Medical and sanitary report of the native army of Bengal for the year
Year: 1876
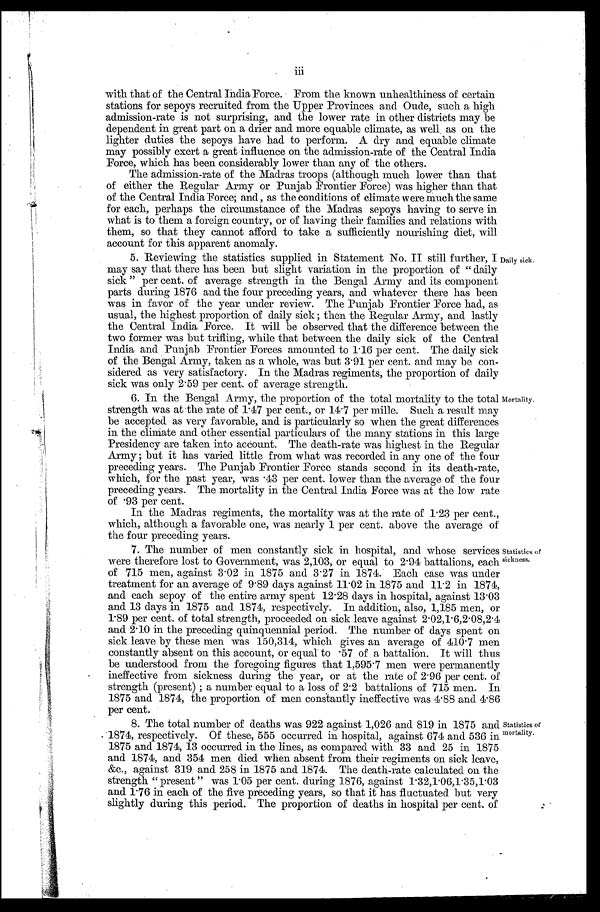
iii
with that of the Central India Force. From the known unhealthiness of certain
stations for sepoys recruited from the Upper Provinces and Oude, such a high
admission-rate is not surprising, and the lower rate in other districts may be
dependent in great part on a drier and more equable climate, as well, as on the
lighter duties the sepoys have had to perform. A dry and equable climate
may possibly exert a great influence on the admission-rate of the Central India
Force, which has been considerably lower than any of the others.
The admission-rate of the Madras troops (although much lower than that
of either the Regular Army or Punjab Frontier Force) was higher than that
of the Central India Force; and, as the conditions of climate were much the same
for each, perhaps the circumstance of the Madras sepoys having to serve in
what is to them a foreign country, or of having their families and relations with
them, so that they cannot afford to take a sufficiently nourishing diet, will
account for this apparent anomaly.
5. Reviewing the statistics supplied in Statement No. II still further, I
may say that there has been but slight variation in the proportion of "daily
sick" per cent. of average strength in the Bengal Army and its component
parts during 1876 and the four preceding years, and whatever there has been
was in favor of the year under review. The Punjab Frontier Force had, as
usual, the highest proportion of daily sick; then the Regular Army, and lastly
the Central India Force. It will be observed that the difference between the
two former was but trifling, while that between the daily sick of the Central
India and Punjab Frontier Forces amounted to 1.16 per cent. The daily sick
of the Bengal Army, taken as a whole, was but 3.91 per cent. and may be con-
sidered as very satisfactory. In the Madras regiments, the proportion of daily
sick was only 2.59 per cent. of average strength.
6. In the Bengal Army, the proportion of the total mortality to the total
strength was at the rate of 1.47 per cent., or 14.7 per mile. Such a result may
be accepted as very favorable, and is particularly so when the great differences
in the climate and other essential particulars of the many stations in this large
Presidency are taken into account. The death-rate was highest in the Regular
Army; but it has varied little from what was recorded in any one of the four
preceding years. The Punjab Frontier Force stands second in its death-rate,
which, for the past year, was 43 per cent. lower than the average of the four
preceding years. The mortality in the Central India Force was at the low rate
of .93 per cent.
In the Madras regiments, the mortality was at the rate of 1.23 per cent.,
which, although a favorable one, was nearly 1 per cent. above the average of
the four preceding years.
7. The number of men constantly sick in hospital, and whose services
were therefore lost to Government, was 2,103, or equal to 2.94 battalions, each
of 715 men, against 3.02 in 1875 and 3.27 in 1874. Each case was uncles
treatment for an average of 9.89 days against 11.02 in 1875 and 11.2 in 1874,
and each sepoy of the entire army spent 12.28 days in hospital, against 13.03
and 13 days in 1875 and 1874, respectively. In addition, also, 1,185 men, of
1.89 per cent. of total strength, proceeded on sick leave against 2.02,1.6,2.08,2.4
and 2.10 in the preceding quinquennial period. The number of days spent on
sick leave by these men was 150,314, which gives an average of 410 . 7 men
constantly absent on this account, or equal to .57 of a battalion. It will thus
be understood from the foregoing figures that 1,595.7 men were permanently
ineffective from sickness during the year, or at the rate of 2.96 per cent. of
strength (present); a number equal to a loss of 2.2 battalions of 715 men. In
1875 and 1874, the proportion of men constantly ineffective was 4.88 and 4.86
per cent.
8. The total number of deaths was 922 against 1,026 and 819 in 1875 and
1874, respectively. Of these, 555 occurred in hospital, against 674 and 536 in
1875 and 1874, 13 occurred in the lines, as compared with 33 and 25 in 1875
and 1874, and 354 men died when absent from their regiments on sick leave,
&c., against 319 and 258 in 1875 and 1874. The death-rate calculated on the
strength "present" was 1.05 per cent. during 1876, against 1.32,1.06,1.35,1.03
and 1.76 in each of the five preceding years, so that it has fluctuated but very
slightly during this period. The proportion of deaths in hospital per cent. of
Daily sick.
Mortality.
Statistics of
sickness.
Statistics of
mortality.